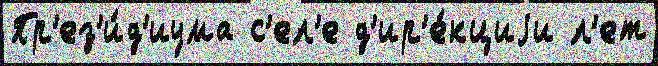
Пр'ез'и́д'иума с'ел'е д'ир'е́кциjи л'ет